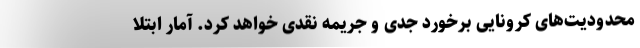
محدودیت‌های کرونایی برخورد جدی و جریمه نقدی خواهد کرد. آمار ابتلا